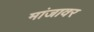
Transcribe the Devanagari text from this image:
मांजावर